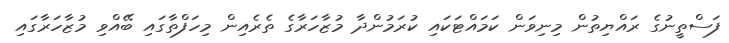
ފަސްތީނުގެ ރައްޔިތުން މިނިވަން ކަމައްޓަކައި ކުރަމުންދާ މުޒާހަރާގެ ތެރެއިން މިހަފްތާގައި ބޭއްވި މުޒާހަރާގައި